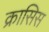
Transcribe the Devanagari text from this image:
क्रासिस